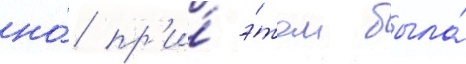
но́ пр'и́ э́том была́